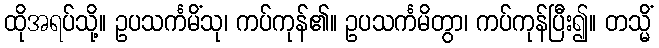
ထိုအရပ်သို့။ ဥပသင်္ကမိံသု၊ ကပ်ကုန်၏။ ဥပသင်္ကမိတွာ၊ ကပ်ကုန်ပြီး၍။ တသ္မိံ